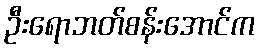
ဦးရောဘတ်စန်းအောင်က